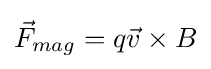
{\vec {F}}_{mag}=q{\vec {v}}\times B